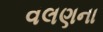
વલણના